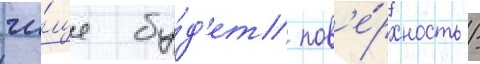
чи́ще бу́д'ет пов'е́рхность /